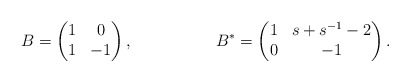
\begin{align*} B &= \begin{pmatrix} 1 & 0 \\ 1 & -1 \end{pmatrix},& B^* &= \begin{pmatrix} 1 & s+s^{-1}-2 \\ 0 & -1 \end{pmatrix}.\end{align*}